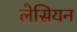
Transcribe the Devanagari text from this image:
लेसियन